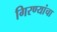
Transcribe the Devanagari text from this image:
गिरण्यांचा